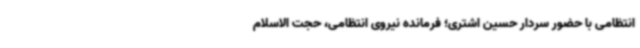
انتظامی با حضور سردار حسین اشتری؛ فرمانده نیروی انتظامی، حجت الاسلام